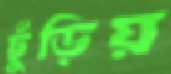
ছুঁড়িয়